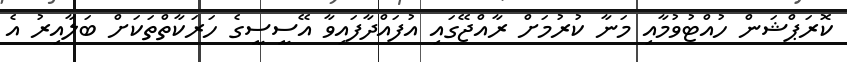
ކޮރަޕްޝަން ހުއްޓުވުމާއި މަނާ ކުރުމަށް ރާއްޖޭގައި އުފައްދާފައިވާ އޭސީސީގެ ހަރަކާތްތަކަށް ބަލާއިރު އެ